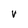
Character: v